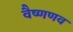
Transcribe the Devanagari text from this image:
वैष्णणव